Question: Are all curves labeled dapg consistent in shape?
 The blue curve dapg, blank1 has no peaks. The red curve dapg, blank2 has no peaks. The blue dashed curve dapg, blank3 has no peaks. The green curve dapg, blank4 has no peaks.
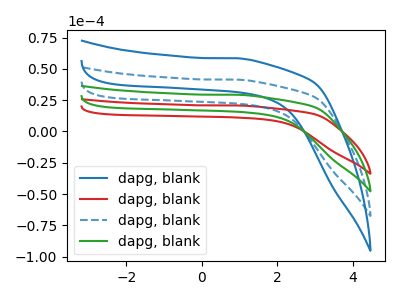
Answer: <think>Neither "dapg, blank1" or "dapg, blank2" have any peaks. Neither "dapg, blank1" or "dapg, blank3" have any peaks. Neither "dapg, blank1" or "dapg, blank4" have any peaks. Neither "dapg, blank2" or "dapg, blank3" have any peaks. Neither "dapg, blank2" or "dapg, blank4" have any peaks. Neither "dapg, blank3" or "dapg, blank4" have any peaks.
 </think>
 <answer>All the CV's of "dapg" have similar shape.</answer>
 <eval>follow_rule</eval>